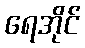
ရေအိုင်